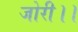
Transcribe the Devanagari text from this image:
जोरी।।